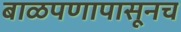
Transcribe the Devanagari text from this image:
बाळपणापासूनच